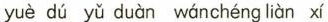
yuè dú yǔ duàn wánchéng liàn xí